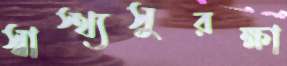
স্বাস্থ্যসুরক্ষা